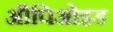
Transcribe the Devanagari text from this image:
औपिओइड